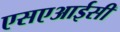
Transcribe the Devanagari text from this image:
एसएआईसी